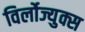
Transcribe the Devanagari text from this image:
विर्लोज्युक्स